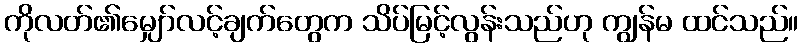
ကိုလတ်၏မျှော်လင့်ချက်တွေက သိပ်မြင့်လွန်းသည်ဟု ကျွန်မ ထင်သည်။